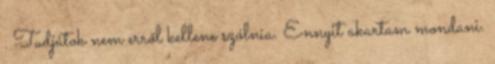
. Tudjátok nem erről kellene szólnia. Ennyit akartam mondani.